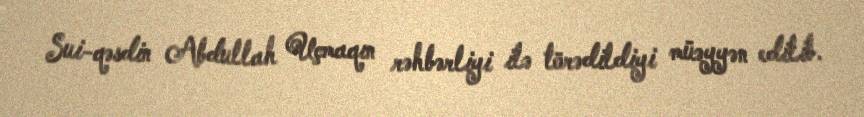
Sui-qəsdin Abdullah Uçmaqın rəhbərliyi ilə törədildiyi müəyyən edilib.